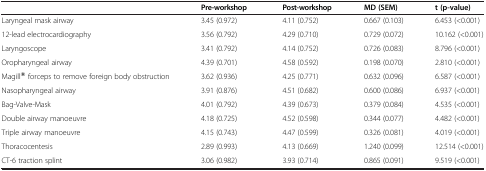
<table><thead><tr><td><b> </b></td><td><b>Pre-workshop</b></td><td><b>Post-workshop</b></td><td><b>MD (SEM)</b></td><td><b>t (p-value)</b></td></tr></thead><tbody><tr><td>Laryngeal mask airway</td><td>3.45 (0.972)</td><td>4.11 (0.752)</td><td>0.667 (0.103)</td><td>6.453 (&lt;0.001)</td></tr><tr><td>12-lead electrocardiography</td><td>3.56 (0.792)</td><td>4.29 (0.710)</td><td>0.729 (0.072)</td><td>10.162 (&lt;0.001)</td></tr><tr><td>Laryngoscope</td><td>3.41 (0.792)</td><td>4.14 (0.752)</td><td>0.726 (0.083)</td><td>8.796 (&lt;0.001)</td></tr><tr><td>Oropharyngeal airway</td><td>4.39 (0.701)</td><td>4.58 (0.592)</td><td>0.198 (0.070)</td><td>2.810 (&lt;0.001)</td></tr><tr><td>Magill® forceps to remove foreign body obstruction</td><td>3.62 (0.936)</td><td>4.25 (0.771)</td><td>0.632 (0.096)</td><td>6.587 (&lt;0.001)</td></tr><tr><td>Nasopharyngeal airway</td><td>3.91 (0.876)</td><td>4.51 (0.682)</td><td>0.600 (0.086)</td><td>6.937 (&lt;0.001)</td></tr><tr><td>Bag-Valve-Mask</td><td>4.01 (0.792)</td><td>4.39 (0.673)</td><td>0.379 (0.084)</td><td>4.535 (&lt;0.001)</td></tr><tr><td>Double airway manoeuvre</td><td>4.18 (0.725)</td><td>4.52 (0.598)</td><td>0.344 (0.077)</td><td>4.482 (&lt;0.001)</td></tr><tr><td>Triple airway manoeuvre</td><td>4.15 (0.743)</td><td>4.47 (0.599)</td><td>0.326 (0.081)</td><td>4.019 (&lt;0.001)</td></tr><tr><td>Thoracocentesis</td><td>2.89 (0.993)</td><td>4.13 (0.669)</td><td>1.240 (0.099)</td><td>12.514 (&lt;0.001)</td></tr><tr><td>CT-6 traction splint</td><td>3.06 (0.982)</td><td>3.93 (0.714)</td><td>0.865 (0.091)</td><td>9.519 (&lt;0.001)</td></tr></tbody></table>